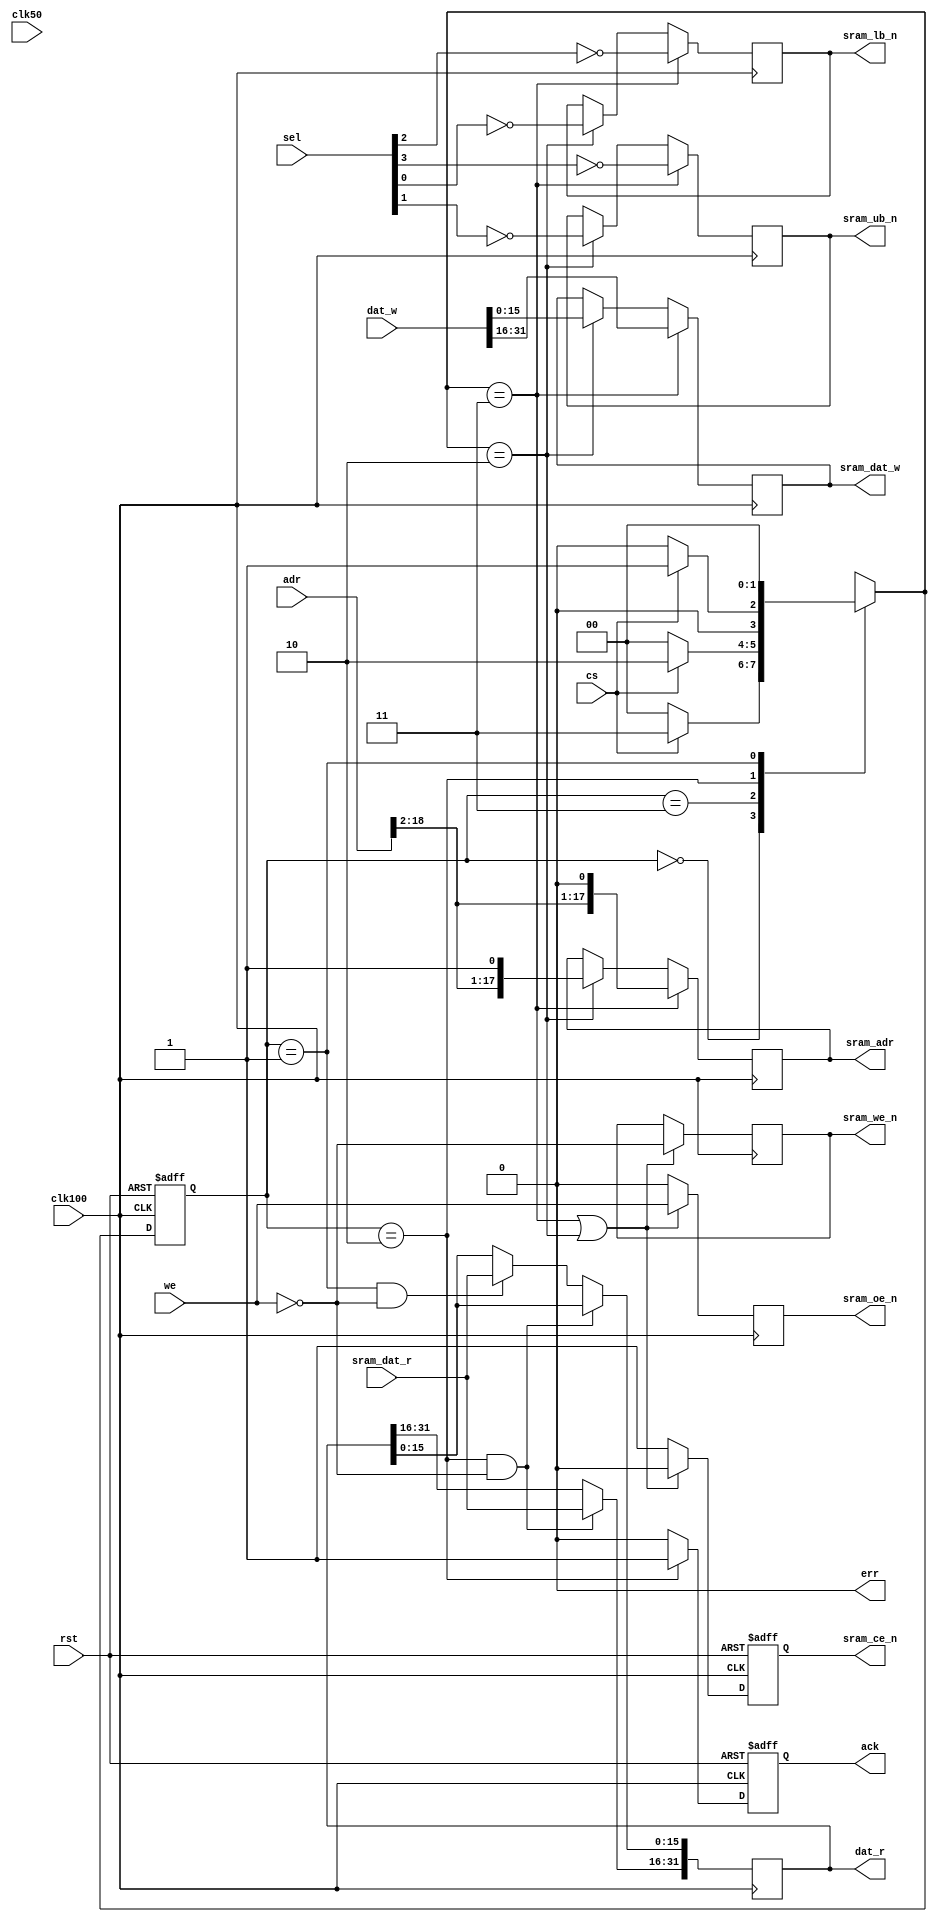
/********************************************/
/* qmem_sram.v                              */
/* A QMEM (32bit) to SRAM (16bit) interface */
/* Compatible with Altera DE1 board         */
/*                                          */
/* 2010, rok.krajnc@gmail.com               */
/********************************************/


// uncomment this for non-regstered sram interface
//`define QMEM_SRAM_ASYNC
//`define QMEM_SRAM_SLOW


module qmem_sram #(
  parameter AW = 32,
  parameter DW = 32,
  parameter SW = DW/8
)(
  // system signals
  input  wire           clk50,
  input  wire           clk100,
  input  wire           rst,
  // qmem bus
  input  wire [AW-1:0]  adr,
  input  wire           cs,
  input  wire           we,
  input  wire [SW-1:0]  sel,
  input  wire [DW-1:0]  dat_w,
  output reg  [DW-1:0]  dat_r,
  output wire           ack,
  output wire           err,
  // SRAM interface
  output wire [18-1:0]  sram_adr,
  output wire           sram_ce_n,
  output wire           sram_we_n,
  output wire           sram_ub_n,
  output wire           sram_lb_n,
  output wire           sram_oe_n,
  output wire [16-1:0]  sram_dat_w,
  input  wire [16-1:0]  sram_dat_r
);



`ifndef QMEM_SRAM_ASYNC
`ifdef QMEM_SRAM_SLOW
////////////////////////////////////////
// registered outputs variant - slow  //
////////////////////////////////////////

/* state */
localparam S_ID  = 3'b000; // idle
localparam S_HI1 = 3'b011; // first access,  write upper 16 bits
localparam S_HI2 = 3'b111;
localparam S_LO1 = 3'b010; // second access, write lower 16 bits, latch upper 16 bits
localparam S_LO2 = 3'b110;
localparam S_FH  = 3'b001; // last read,                          latch lower 16 bits

reg [2:0] state, next_state;

always @ (*)
begin
  case (state)
    S_ID    : begin if (cs) next_state = S_HI1; else next_state = S_ID; end
    S_HI1   : begin if (cs) next_state = S_HI2; else next_state = S_ID; end
    S_HI2   : begin if (cs) next_state = S_LO1; else next_state = S_ID; end
    S_LO1   : begin if (cs) next_state = S_LO2; else next_state = S_ID; end
    S_LO2   : begin if (cs) next_state = S_FH;  else next_state = S_ID; end
    S_FH    : begin                                  next_state = S_ID; end
    default : begin                                  next_state = S_ID; end
  endcase
end

always @ (posedge clk100 or posedge rst)
begin
  if (rst)
    state <= #1 S_ID;
  else
    state <= #1 next_state;
end


/* output registers */

// address
reg [17:0] s_adr;
always @ (posedge clk100)
begin
  if (next_state == S_HI1)
    s_adr <= #1 {adr[18:2], 1'b0};
  else if (next_state == S_LO1)
    s_adr <= #1 {adr[18:2], 1'b1};
end

// ce_n
reg s_ce_n;
always @ (posedge clk100 or posedge rst)
begin
  if (rst)
    s_ce_n <= #1 1'b1;
  else if ((next_state == S_HI1) || (next_state == S_HI2) || (next_state == S_LO1) || (next_state == S_LO2))
    s_ce_n <= #1 1'b0;
  else
    s_ce_n <= #1 1'b1;
end

// we_n
reg s_we_n;
always @ (posedge clk100)
begin
  if ((next_state == S_HI1) || (next_state == S_HI2) || (next_state == S_LO1) || (next_state == S_LO2))
    s_we_n <= #1 !we;
end

// ub_n & lb_n
reg s_ub_n, s_lb_n;
always @ (posedge clk100)
begin
  if (next_state == S_HI1)
    {s_ub_n, s_lb_n} <= #1 {!sel[3], !sel[2]};
  else if (next_state == S_LO1)
    {s_ub_n, s_lb_n} <= #1 {!sel[1], !sel[0]};
end

// oe_n
reg s_oe_n;
always @ (posedge clk100)
begin
  if ((next_state == S_HI1) || (next_state == S_HI2) || (next_state == S_LO1) || (next_state == S_LO2))
    s_oe_n <= #1 we;
  else
    s_oe_n <= #1 1'b0;
end

// dat_w
reg [15:0] s_dat_w;
always @ (posedge clk100)
begin
  if (next_state == S_HI1)
    s_dat_w <= #1 dat_w[31:16];
  else if (next_state == S_LO1)
    s_dat_w <= #1 dat_w[15:0];
end


/* inputs */

// dat_r
reg [31:0] s_dat_r;
always @ (posedge clk100)
begin
  if ((next_state == S_LO1) && !we)
    dat_r[31:16] <= #1 sram_dat_r;
  else if ((next_state == S_FH) && !we)
    dat_r[15: 0] <= #1 sram_dat_r;
end

// ack
reg s_ack;
always @ (posedge clk100 or posedge rst)
begin
  if (rst)
    s_ack <= #1 1'b0;
  else if ((state == S_LO2) || (state == S_FH))
    s_ack <= #1 1'b1;
  else
    s_ack <= #1 1'b0;
end


/* output assignments */
assign sram_adr   = s_adr;
assign sram_ce_n  = s_ce_n;
assign sram_we_n  = s_we_n;
assign sram_ub_n  = s_ub_n;
assign sram_lb_n  = s_lb_n;
assign sram_oe_n  = s_oe_n;
assign sram_dat_w = s_dat_w;
assign ack        = s_ack;
assign err        = 1'b0;


`else // QMEM_SRAM_SLOW
////////////////////////////////////////
// registered outputs variant - fast  //
////////////////////////////////////////

/* state */
localparam S_ID = 2'b00; // idle
localparam S_HI = 2'b11; // first access,  write upper 16 bits
localparam S_LO = 2'b10; // second access, write lower 16 bits, latch upper 16 bits
localparam S_FH = 2'b01; // last read,                          latch lower 16 bits

reg [1:0] state, next_state;

always @ (*)
begin
  case (state)
    S_ID    : begin if (cs) next_state = S_HI; else next_state = S_ID; end
    S_HI    : begin if (cs) next_state = S_LO; else next_state = S_ID; end
    S_LO    : begin if (cs) next_state = S_FH; else next_state = S_ID; end
    S_FH    : begin                                 next_state = S_ID; end
    default : begin                                 next_state = S_ID; end
  endcase
end

always @ (posedge clk100 or posedge rst)
begin
  if (rst)
    state <= #1 S_ID;
  else
    state <= #1 next_state;
end


/* output registers */

// address
reg [17:0] s_adr;
always @ (posedge clk100)
begin
  if (next_state == S_HI)
    s_adr <= #1 {adr[18:2], 1'b0};
  else if (next_state == S_LO)
    s_adr <= #1 {adr[18:2], 1'b1};
end

// ce_n
reg s_ce_n;
always @ (posedge clk100 or posedge rst)
begin
  if (rst)
    s_ce_n <= #1 1'b1;
  else if ((next_state == S_HI) || (next_state == S_LO))
    s_ce_n <= #1 1'b0;
  else
    s_ce_n <= #1 1'b1;
end

// we_n
reg s_we_n;
always @ (posedge clk100)
begin
  if ((next_state == S_HI) || (next_state == S_LO))
    s_we_n <= #1 !we;
end

// ub_n & lb_n
reg s_ub_n, s_lb_n;
always @ (posedge clk100)
begin
  if (next_state == S_HI)
    {s_ub_n, s_lb_n} <= #1 {!sel[3], !sel[2]};
  else if (next_state == S_LO)
    {s_ub_n, s_lb_n} <= #1 {!sel[1], !sel[0]};
end

// oe_n
reg s_oe_n;
always @ (posedge clk100)
begin
  if ((next_state == S_HI) || (next_state == S_LO))
    s_oe_n <= #1 we;
  else
    s_oe_n <= #1 1'b0;
end

// dat_w
reg [15:0] s_dat_w;
always @ (posedge clk100)
begin
  if (next_state == S_HI)
    s_dat_w <= #1 dat_w[31:16];
  else if (next_state == S_LO)
    s_dat_w <= #1 dat_w[15:0];
end


/* inputs */

// dat_r
reg [31:0] s_dat_r;
always @ (posedge clk100)
begin
  if ((state == S_LO) && !we)
    dat_r[31:16] <= #1 sram_dat_r;
  else if ((state == S_FH) && !we)
    dat_r[15: 0] <= #1 sram_dat_r;
end

// ack
reg s_ack;
always @ (posedge clk100 or posedge rst)
begin
  if (rst)
    s_ack <= #1 1'b0;
  else if (state == S_LO)
    s_ack <= #1 1'b1;
  else
    s_ack <= #1 1'b0;
end


/* output assignments */
assign sram_adr   = s_adr;
assign sram_ce_n  = s_ce_n;
assign sram_we_n  = s_we_n;
assign sram_ub_n  = s_ub_n;
assign sram_lb_n  = s_lb_n;
assign sram_oe_n  = s_oe_n;
assign sram_dat_w = s_dat_w;
assign ack        = s_ack;
assign err        = 1'b0;


`endif // QMEM_SRAM_SLOW
`else // QMEM_SRAM_ASYNC
////////////////////////////////////////
// async outputs variant              //
////////////////////////////////////////


/* local signals */
reg  [ AW-1:0] adr_r;
wire           adr_changed;
reg            cnt;
reg  [ 16-1:0] rdat_r;


/* address change */
always @ (posedge clk50) adr_r <= #1 adr;
assign adr_changed = (adr != adr_r);


/* cs counter */
always @ (posedge clk50 or posedge rst)
begin
  if (rst)
    cnt <= #1 1'b0;
  else if (adr_changed)
    cnt <= #1 1'b0;
  else if (cs)
    cnt <= #1 !cnt;
end


/* read data reg */
always @ (posedge clk50) if (cs && !cnt && !we) rdat_r <= #1 sram_dat_r;


/* qmem outputs */
// TODO dat_r - check if a reg is needed! maybe should use address register!
always @ (posedge clk50) if (cs && cnt && !we) dat_r <= #1 {sram_dat_r, rdat_r};
//assign dat_r = {sram_dat_r, rdat_r};
assign ack = cnt;
assign err = 1'b0;


/* SRAM outputs */
assign sram_adr   = (!cnt) ? {adr[18:2], 1'b0} : {adr[18:2], 1'b1};
assign sram_ce_n  = !cs;
assign sram_we_n  = !we;
assign sram_ub_n  = !((!cnt) ? sel[1] : sel[3]);
assign sram_lb_n  = !((!cnt) ? sel[0] : sel[2]);
assign sram_oe_n  = we;
assign sram_dat_w = (!cnt) ?  dat_w[15:0] : dat_w[31:16];


`endif // QMEM_SRAM_ASYNC


endmodule